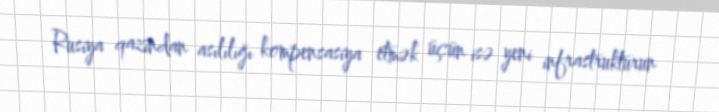
Rusiya qazından asılılığı kompensasiya etmək üçün isə yeni infrastrukturun